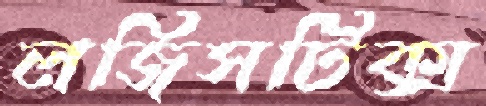
লজিসটিক্স